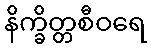
နိက္ခိတ္တစီဝရေ